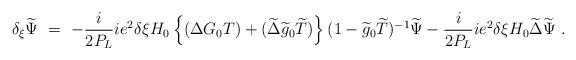
LaTeX: \begin{align*}\delta_{\xi}\widetilde \Psi\ =\ -\frac{i}{2P_L} ie^2\delta\xi H_0\left \{ (\Delta G_0T)+(\widetilde \Delta \widetilde g_0\widetilde T)\right \} (1-\widetilde g_0\widetilde T)^{-1} \widetilde \Psi -\frac{i}{2P_L} ie^2\delta\xi H_0\widetilde \Delta \widetilde \Psi\ .\end{align*}